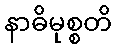
နာဓိမုစ္စတိ